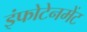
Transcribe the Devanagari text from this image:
इंफोटेनमेंट